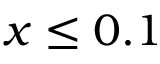
x \leq 0 . 1